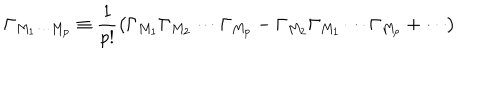
LaTeX: \Gamma _ { M _ { 1 } \cdots M _ { p } } \equiv \frac { 1 } { p ! } \left( \Gamma _ { M _ { 1 } } \Gamma _ { M _ { 2 } } \cdots \Gamma _ { M _ { p } } - \Gamma _ { M _ { 2 } } \Gamma _ { M _ { 1 } } \cdots \Gamma _ { M _ { p } } + \cdots \right)